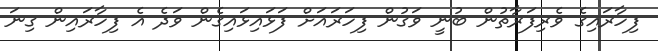
ފިހާރައިގެ ވެރިފަރާތުން ބުނީ ވަގުން ފިހަރައަށް ފަޅައިޅައިގެން ވަދެ އެ ފިހާރައިން ގިނަ